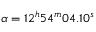
\alpha = 1 2 ^ { h } 5 4 ^ { m } 0 4 . 1 0 ^ { s }